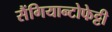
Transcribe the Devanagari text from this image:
सैंगियान्टोफेट्टी